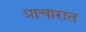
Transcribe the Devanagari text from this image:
प्राचारात